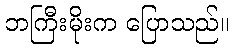
ဘကြီးမိုးက ပြောသည်။